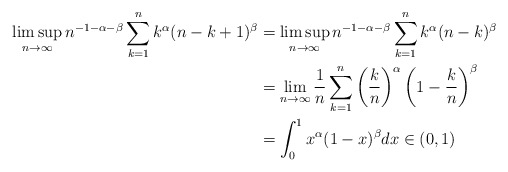
\begin{align*} \limsup_{n \to \infty} n^{-1-\alpha-\beta}\sum_{k=1}^n k^\alpha (n-k+1)^\beta&=\limsup_{n \to \infty} n^{-1-\alpha-\beta}\sum_{k=1}^n k^\alpha (n-k)^\beta\\&=\lim_{n \to \infty}\frac{1}{n}\sum_{k=1}^n \left(\frac{k}{n}\right)^\alpha \left(1-\frac{k}{n}\right)^\beta\\&=\int_0^1x^\alpha(1-x)^\beta dx \in (0,1) \end{align*}